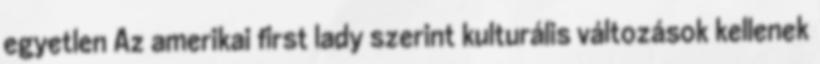
egyetlen Az amerikai first lady szerint kulturális változások kellenek